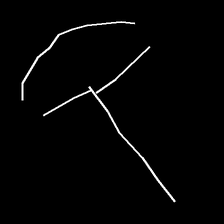
Glyph: dispersion